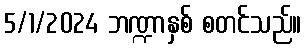
5/1/2024 ဘဏ္ဍာနှစ် စတင်သည်။